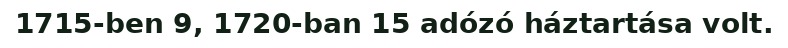
1715-ben 9, 1720-ban 15 adózó háztartása volt.